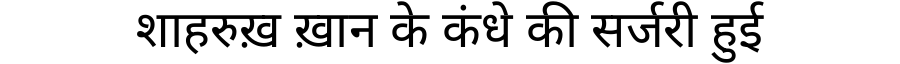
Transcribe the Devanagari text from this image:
शाहरुख़ ख़ान के कंधे की सर्जरी हुई